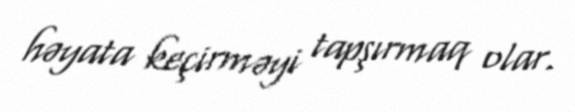
həyata keçirməyi tapşırmaq olar.